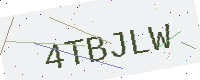
Text: 4TBJLW